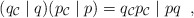
\begin{align*}(q_{\cal C} \; \vert \; q)(p_{\cal C} \; \vert \; p)=q_{\cal C}p_{\cal C} \; \vert \; pq \; \; ,\end{align*}